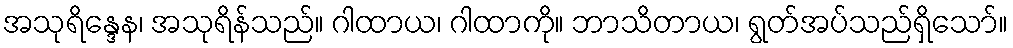
အသုရိန္ဒေန၊ အသုရိန်သည်။ ဂါထာယ၊ ဂါထာကို။ ဘာသိတာယ၊ ရွတ်အပ်သည်ရှိသော်။